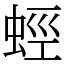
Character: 蛵